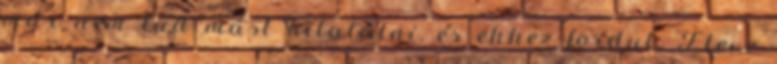
már nem tud mást kitalálni, és ehhez fordul. Eleve